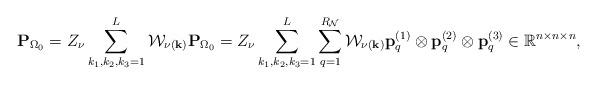
LaTeX: \begin{align*} {\bf P}_{\Omega_0}= Z_\nu \sum\limits_{k_1,k_2,k_3=1}^L {\cal W}_{\nu({\bf k})} {\bf P}_{\Omega_0}= Z_\nu \sum\limits_{k_1,k_2,k_3=1}^L \sum\limits_{q=1}^{R_{\cal N}}{\cal W}_{\nu({\bf k})} {\bf p}^{(1)}_{q} \otimes {\bf p}^{(2)}_{q} \otimes {\bf p}^{(3)}_{q}\in \mathbb{R}^{n\times n \times n},\end{align*}